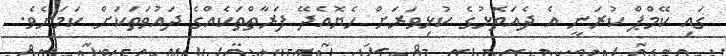
ގައި ކޭމްޕް ކުރަނީ އެ ދެއަތޮޅުގެ ކުޅިވަރަށް ހެޔޮއެދޭ ފަރާތްތަކެއްގެ ދައުވަތަކަށް ކަމަށެވެ.